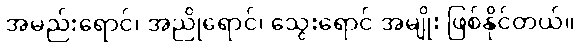
အမည်းရောင်၊ အညိုရောင်၊ သွေးရောင် အမျိုး ဖြစ်နိုင်တယ်။